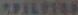
SPALUTAR